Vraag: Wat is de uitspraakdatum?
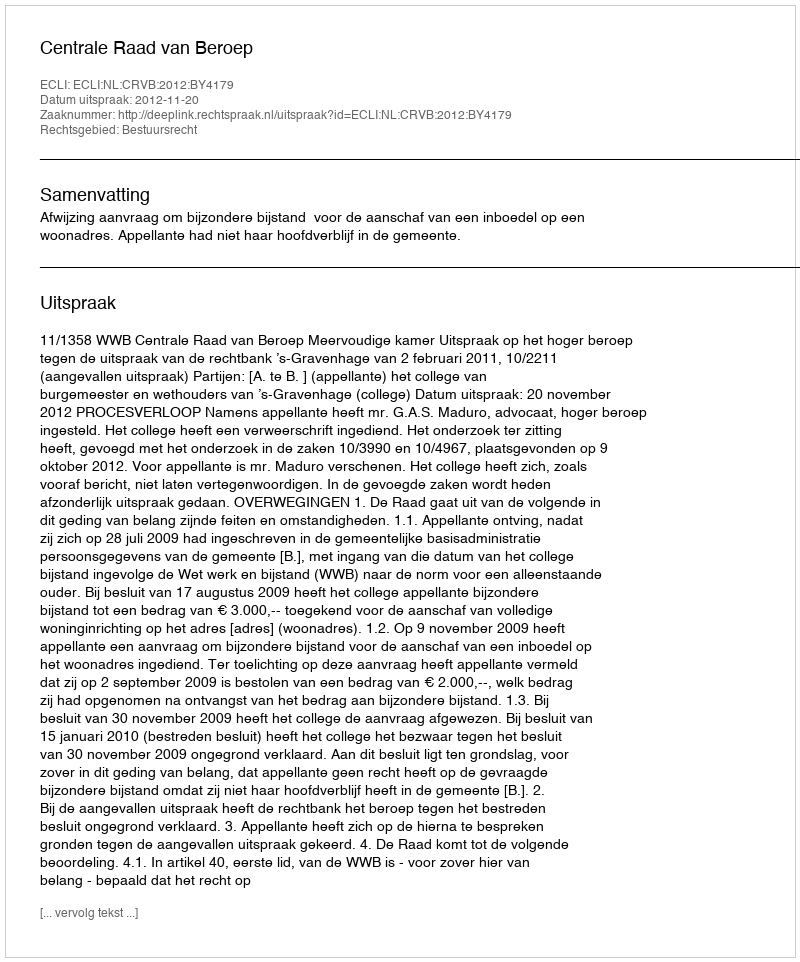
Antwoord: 2012-11-20